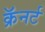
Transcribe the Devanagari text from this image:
क्रॅनर्ट